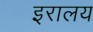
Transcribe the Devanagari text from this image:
इरालय